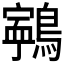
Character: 𪅢